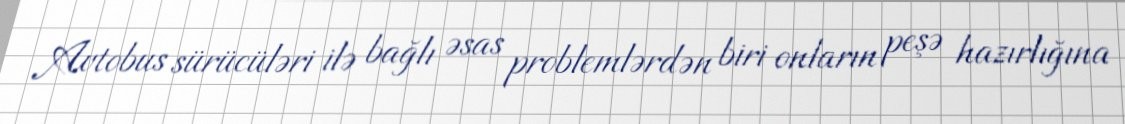
Avtobus sürücüləri ilə bağlı əsas problemlərdən biri onların peşə hazırlığına